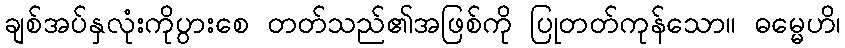
ချစ်အပ်နှလုံးကိုပွားစေ တတ်သည်၏အဖြစ်ကို ပြုတတ်ကုန်သော။ ဓမ္မေဟိ၊